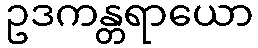
ဥဒကန္တရာယော